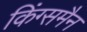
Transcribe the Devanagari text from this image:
किंग्समैन